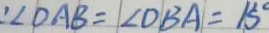
\angle D A B = \angle D B A = 1 5 ^ { \circ }